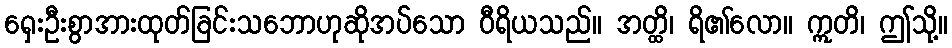
ရှေးဦးစွာအားထုတ်ခြင်းသဘောဟုဆိုအပ်သော ဝီရိယသည်။ အတ္ထိ၊ ရိ၏လော။ ဣတိ၊ ဤသို့။